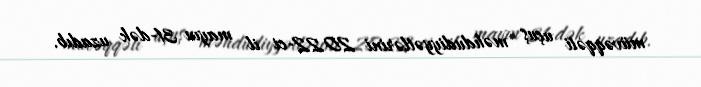
müvəqqəti uçuş məhdudiyyətlərini 2022-ci il mayın 31-dək uzadıb.